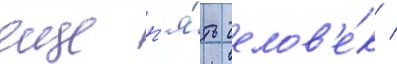
еще п'я́ть челов'е́к /